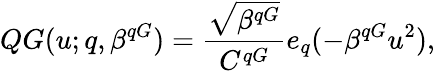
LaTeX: QG(u;q,\beta^{qG})=\frac{\sqrt{\beta^{qG}}}{C^{qG}}e_{q}(-\beta^{qG}u^{2}),